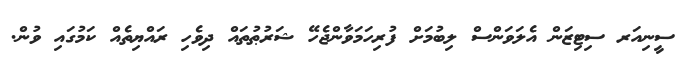
ސީނިއަރ ސިޓިޒަން އެލަވަންސް ލިބުމަށް ފުރިހަމަވާންޖެހޭ ޝަރުޠުތައް ދިވެހި ރައްޔިތެއް ކަމުގައި ވުން.